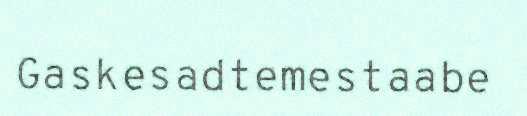
​Gaskesadtemestaabe